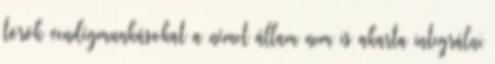
török vendégmunkásokat a német állam nem is akarta integrálni